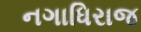
નગાધિરાજ